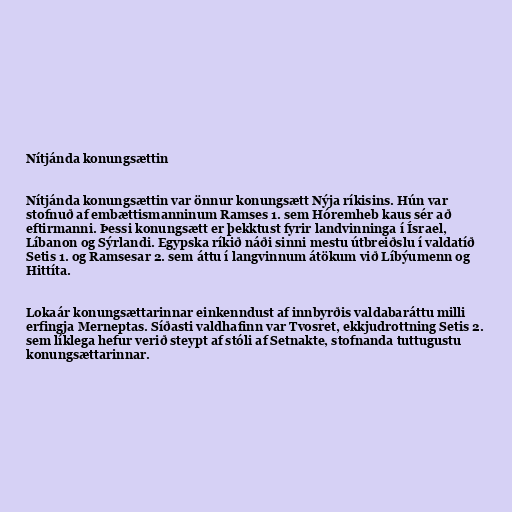
Nítjánda konungsættin

Nítjánda konungsættin var önnur konungsætt Nýja ríkisins. Hún var
stofnuð af embættismanninum Ramses 1. sem Hóremheb kaus sér að
eftirmanni. Þessi konungsætt er þekktust fyrir landvinninga í Ísrael,
Líbanon og Sýrlandi. Egypska ríkið náði sinni mestu útbreiðslu í valdatíð
Setis 1. og Ramsesar 2. sem áttu í langvinnum átökum við Líbýumenn og
Hittíta.

Lokaár konungsættarinnar einkenndust af innbyrðis valdabaráttu milli
erfingja Merneptas. Síðasti valdhafinn var Tvosret, ekkjudrottning Setis 2.
sem líklega hefur verið steypt af stóli af Setnakte, stofnanda tuttugustu
konungsættarinnar.